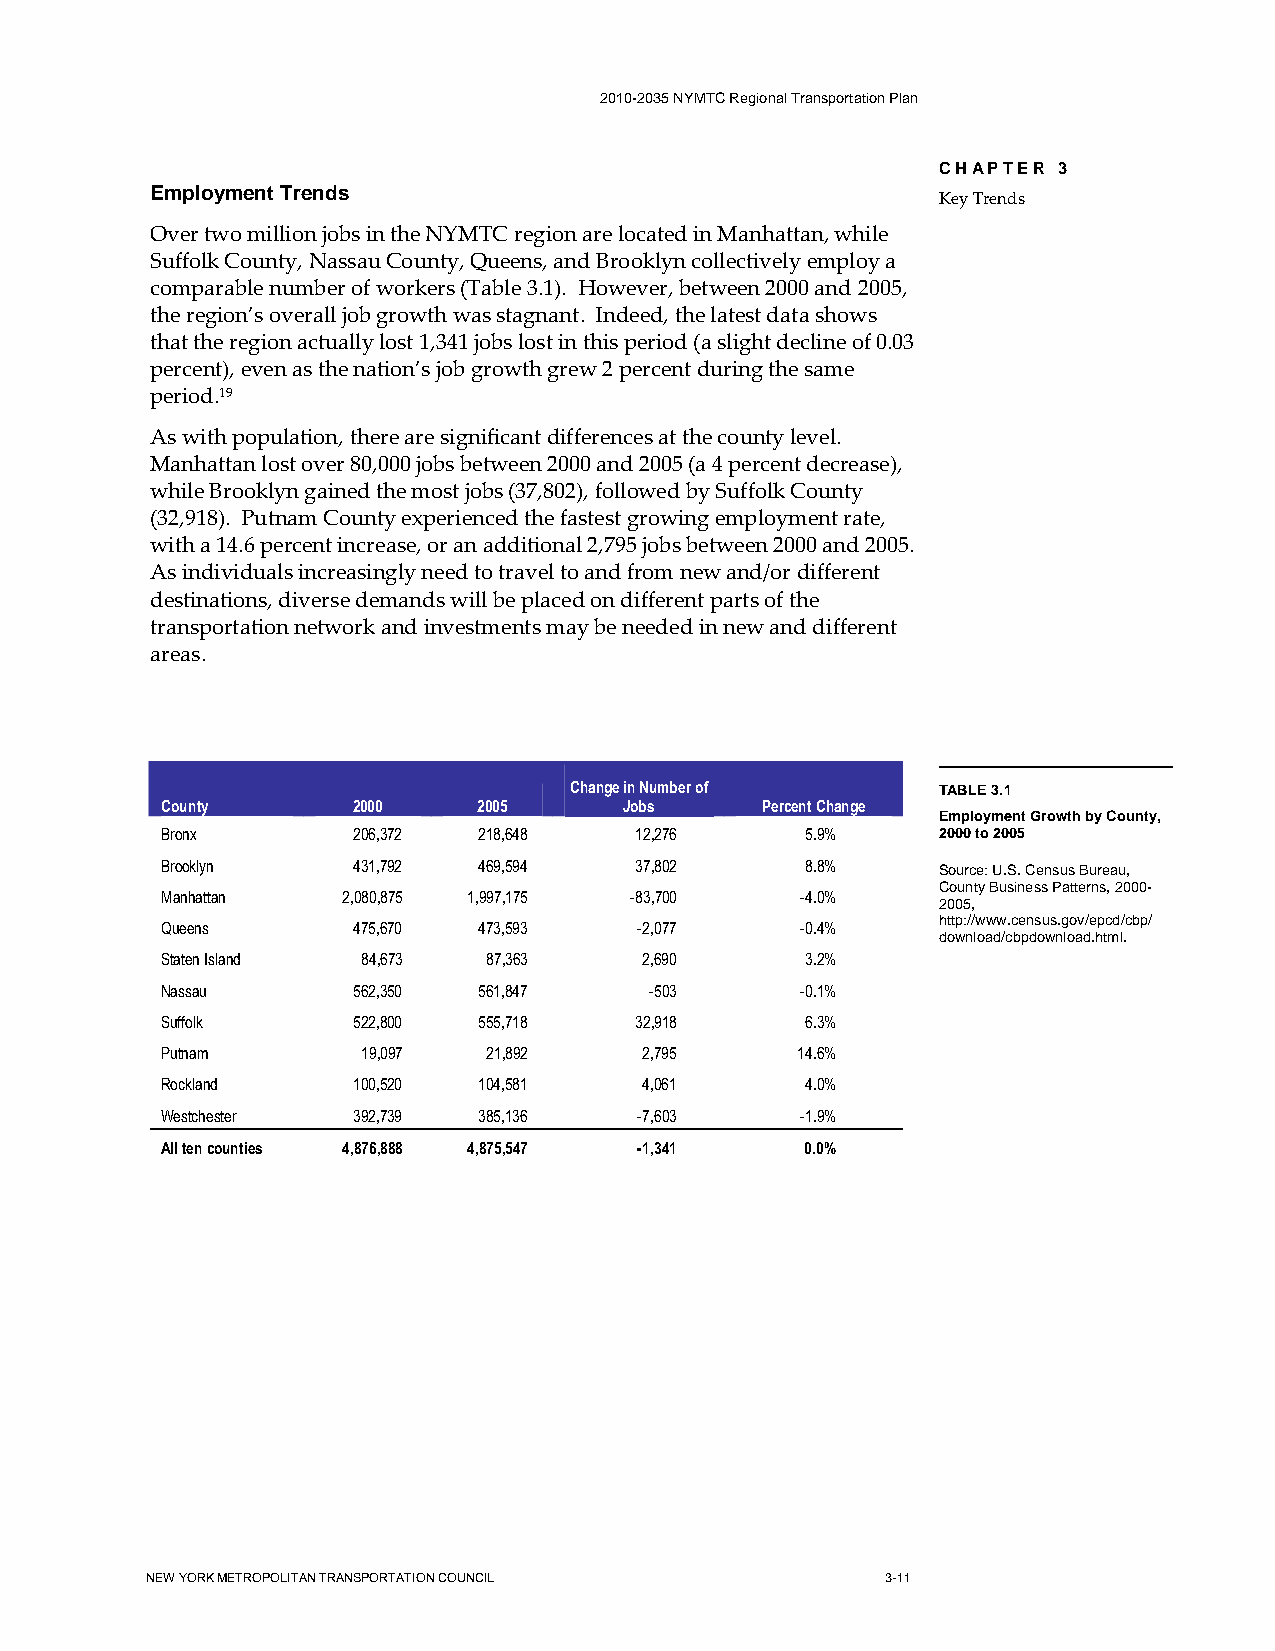
2010-2035 NYMTC Regional Transportation Plan
 CHAPTER 3
 Employment Trends
 Key Trends
 Over two million jobs in the NYMTC region are located in Manhattan, while
 Suffolk County, Nassau County, Queens, and Brooklyn collectively employ a
 comparable number of workers (Table 3.1). However, between 2000 and 2005,
 the region’s overall job growth was stagnant. Indeed, the latest data shows
 that the region actually lost 1,341 jobs lost in this period (a slight decline of 0.03
 percent), even as the nation’s job growth grew 2 percent during the same
 period.19
 As with population, there are significant differences at the county level.
 Manhattan lost over 80,000 jobs between 2000 and 2005 (a 4 percent decrease),
 while Brooklyn gained the most jobs (37,802), followed by Suffolk County
 (32,918). Putnam County experienced the fastest growing employment rate,
 with a 14.6 percent increase, or an additional 2,795 jobs between 2000 and 2005.
 As individuals increasingly need to travel to and from new and/or different
 destinations, diverse demands will be placed on different parts of the
 transportation network and investments may be needed in new and different
 areas.
 Change in Number of     TABLE 3.1
 County      2000     2005     Jobs     Percent Change
 Employment Growth by County,
 Bronx       206,372  218,648   12,276     5.9%     2000 to 2005
 Brooklyn    431,792  469,594   37,802     8.8%     Source: U.S. Census Bureau,
 County Business Patterns, 2000-
 Manhattan   2,080,875 1,997,175 -83,700   -4.0%
 2005,
 http://www.census.gov/epcd/cbp/
 Queens      475,670  473,593   -2,077     -0.4%
 download/cbpdownload.html.
 Staten Island 84,673 87,363     2,690     3.2%
 Nassau      562,350  561,847    -503      -0.1%
 Suffolk     522,800  555,718   32,918     6.3%
 Putnam       19,097  21,892     2,795     14.6%
 Rockland    100,520  104,581    4,061     4.0%
 Westchester 392,739  385,136   -7,603     -1.9%
 All ten counties 4,876,888 4,875,547 -1,341 0.0%
 NEW YORK METROPOLITAN TRANSPORTATION COUNCIL     3-11